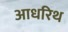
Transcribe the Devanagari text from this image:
आधरिथ